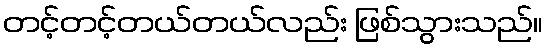
တင့်တင့်တယ်တယ်လည်း ဖြစ်သွားသည်။